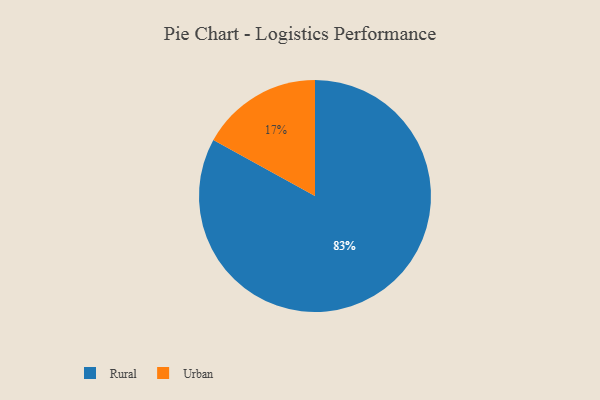
{"axis": {"x": "Category", "y": "Percentage"}, "legend": ["Rural", "Urban"], "data": [{"x": "Rural", "y": 83, "type": "Rural"}, {"x": "Urban", "y": 17, "type": "Urban"}]}